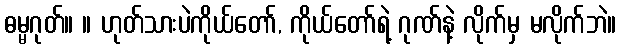
ဓမ္မဂုတ်။ ။ ဟုတ်သားပဲကိုယ်တော်, ကိုယ်တော်ရဲ့ ဂုဏ်နဲ့ လိုက်မှ မလိုက်ဘဲ။